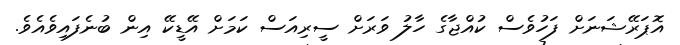
އޮޕަރޭޝަނަށް ފަހުވެސް ކުއްޖާގެ ހާލު ވަރަށް ސީރިއަސް ކަމަށް އޭޑީކޭ އިން ބުނެފައިވެއެވެ.